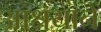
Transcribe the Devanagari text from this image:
आश्रयानें